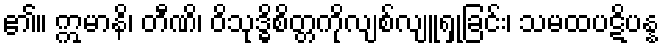
၏။ ဣမာနိ၊ တီဏိ၊ ဝိသုဒ္ဓိစိတ္တကိုလျစ်လျူရှုခြင်း၊ သမထပဋိပန္န